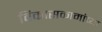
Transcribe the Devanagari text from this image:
विकासकामांच्या